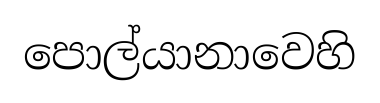
පොල්යානාවෙහි